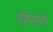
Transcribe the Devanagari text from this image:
हथियाती